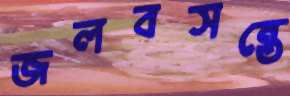
জলবসন্তে